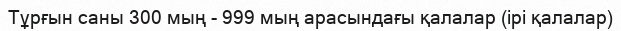
Тұрғын саны 300 мың - 999 мың арасындағы қалалар (ірі қалалар)